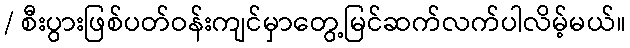
/ စီးပွားဖြစ်ပတ်ဝန်းကျင်မှာတွေ့မြင်ဆက်လက်ပါလိမ့်မယ်။